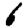
Digit: 6